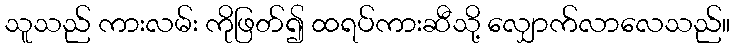
သူသည် ကားလမ်း ကိုဖြတ်၍ ထရပ်ကားဆီသို့ လျှောက်လာလေသည်။